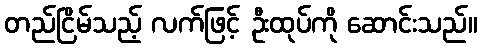
တည်ငြိမ်သည့် လက်ဖြင့် ဦးထုပ်ကို ဆောင်းသည်။